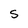
Character: s